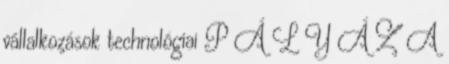
vállalkozások technológiai P Á L Y Á Z A